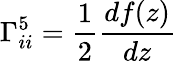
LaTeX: \Gamma_{ii}^{5}=\frac{1}{2}\frac{df(z)}{dz}